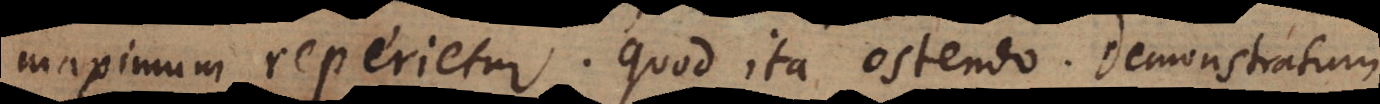
maximum reperietur. Quod ita ostendo. Demonstratum